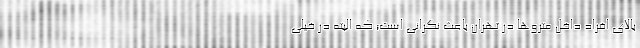
بالای افراد داخل متروها در تهران باعث نگرانی است؛ که البته در خیلی